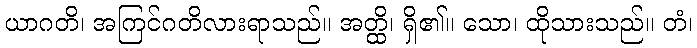
ယာဂတိ၊ အကြင်ဂတိလားရာသည်။ အတ္ထိ၊ ရှိ၏။ သော၊ ထိုသားသည်။ တံ၊